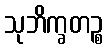
သုဘိက္ခတဉ္စ